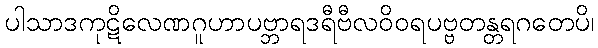
ပါသာဒကုဋိလေဏဂူဟာပဗ္ဘာရဒရီဗီလဝိဝရပဗ္ဗတန္တရဂတေပိ၊